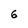
Character: 6